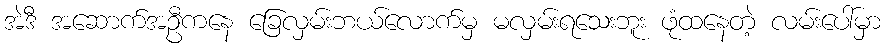
အဲဒီ အဆောက်အဦကနေ ခြေလှမ်းဘယ်လောက်မှ မလှမ်းရသေးဘူး ဖုံထနေတဲ့ လမ်းပေါ်မှာ